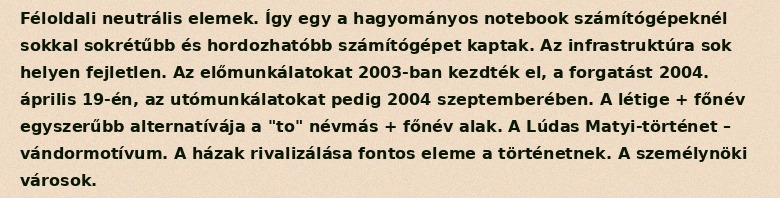
Féloldali neutrális elemek. Így egy a hagyományos notebook számítógépeknél sokkal sokrétűbb és hordozhatóbb számítógépet kaptak. Az infrastruktúra sok helyen fejletlen. Az előmunkálatokat 2003-ban kezdték el, a forgatást 2004. április 19-én, az utómunkálatokat pedig 2004 szeptemberében. A létige + főnév egyszerűbb alternatívája a "to" névmás + főnév alak. A Lúdas Matyi-történet – vándormotívum. A házak rivalizálása fontos eleme a történetnek. A személynöki városok.